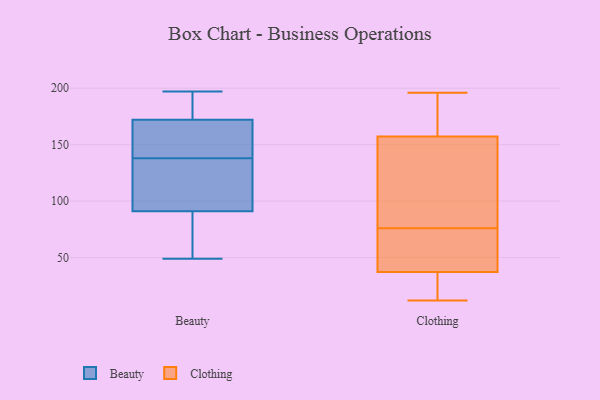
{"axis": {"x": "Budget (USD K)", "y": "Value"}, "legend": ["Beauty", "Clothing"], "data": [{"x": "", "y": 197, "type": "Beauty"}, {"x": "", "y": 147, "type": "Beauty"}, {"x": "", "y": 67, "type": "Beauty"}, {"x": "", "y": 175, "type": "Beauty"}, {"x": "", "y": 49, "type": "Beauty"}, {"x": "", "y": 93, "type": "Beauty"}, {"x": "", "y": 132, "type": "Beauty"}, {"x": "", "y": 91, "type": "Beauty"}, {"x": "", "y": 99, "type": "Beauty"}, {"x": "", "y": 188, "type": "Beauty"}, {"x": "", "y": 163, "type": "Beauty"}, {"x": "", "y": 172, "type": "Beauty"}, {"x": "", "y": 144, "type": "Beauty"}, {"x": "", "y": 59, "type": "Beauty"}, {"x": "", "y": 116, "type": "Clothing"}, {"x": "", "y": 172, "type": "Clothing"}, {"x": "", "y": 23, "type": "Clothing"}, {"x": "", "y": 196, "type": "Clothing"}, {"x": "", "y": 12, "type": "Clothing"}, {"x": "", "y": 189, "type": "Clothing"}, {"x": "", "y": 50, "type": "Clothing"}, {"x": "", "y": 184, "type": "Clothing"}, {"x": "", "y": 171, "type": "Clothing"}, {"x": "", "y": 112, "type": "Clothing"}, {"x": "", "y": 84, "type": "Clothing"}, {"x": "", "y": 76, "type": "Clothing"}, {"x": "", "y": 14, "type": "Clothing"}, {"x": "", "y": 25, "type": "Clothing"}, {"x": "", "y": 57, "type": "Clothing"}, {"x": "", "y": 33, "type": "Clothing"}, {"x": "", "y": 66, "type": "Clothing"}, {"x": "", "y": 92, "type": "Clothing"}, {"x": "", "y": 69, "type": "Clothing"}]}